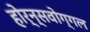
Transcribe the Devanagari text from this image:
होर्न्सवोग्गल